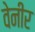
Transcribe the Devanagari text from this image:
वेनीर